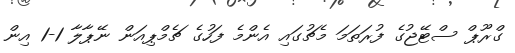
ގްރޫޕް ސްޓޭޖުގެ ފުރަތަމަ މެޗުގައި އެންމެ ފަހުގެ ޗެމްޕިއަން ނޭޕާލާ 1-1 އިން